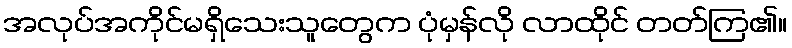
အလုပ်အကိုင်မရှိသေးသူတွေက ပုံမှန်လို လာထိုင် တတ်ကြ၏။